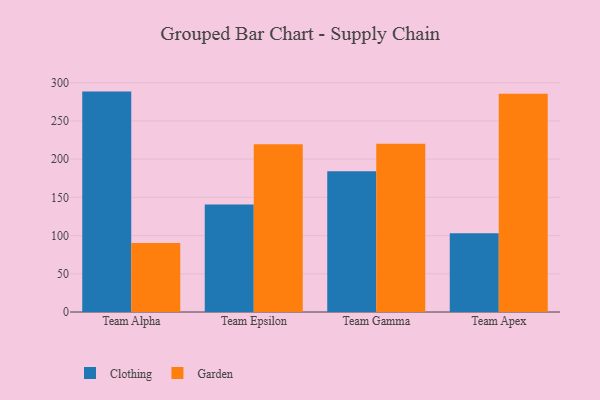
{"axis": {"x": "Team", "y": "Headcount"}, "legend": ["Clothing", "Garden"], "data": [{"x": "Team Alpha", "y": 288.4, "type": "Clothing"}, {"x": "Team Alpha", "y": 90.4, "type": "Garden"}, {"x": "Team Epsilon", "y": 140.8, "type": "Clothing"}, {"x": "Team Epsilon", "y": 219.6, "type": "Garden"}, {"x": "Team Gamma", "y": 184.3, "type": "Clothing"}, {"x": "Team Gamma", "y": 220.0, "type": "Garden"}, {"x": "Team Apex", "y": 103.0, "type": "Clothing"}, {"x": "Team Apex", "y": 285.6, "type": "Garden"}]}